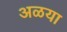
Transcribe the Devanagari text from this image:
अळया